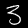
Digit: 3